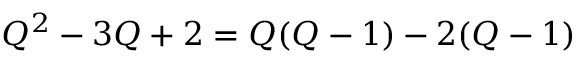
Q ^ { 2 } - 3 Q + 2 = Q ( Q - 1 ) - 2 ( Q - 1 )